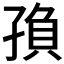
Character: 𡥼